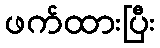
ဖက်ထားပြီး